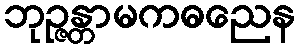
ဘုဉ္ဇန္တာမကဓညေန